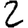
Digit: 2